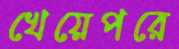
খেয়েপরে